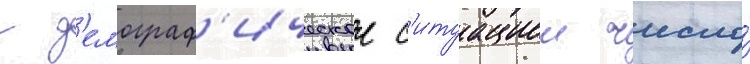
с д'емограф'ическои с'итуациеи число́